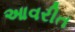
આવરીત